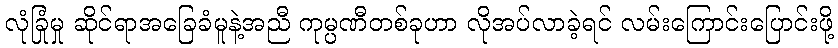
လုံခြုံမှု ဆိုင်ရာအခြေခံမူနဲ့အညီ ကုမ္ပဏီတစ်ခုဟာ လိုအပ်လာခဲ့ရင် လမ်းကြောင်းပြောင်းဖို့